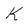
Character: K